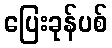
ပြေးခုန်ပစ်